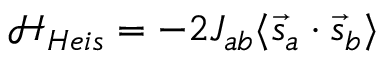
{ \mathcal { H } } _ { H e i s } = - 2 J _ { a b } \langle { \vec { s } } _ { a } \cdot { \vec { s } } _ { b } \rangle